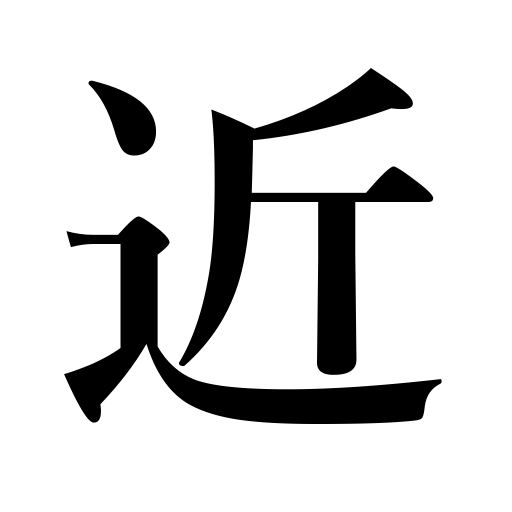
Meanings: akin to,early,nearby,friendly,bordering on,immediate,tantamount to,intimate,near,verge of,short road,close by